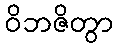
ဝိဘဇိတွာ